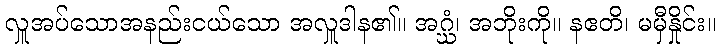
လှူအပ်သောအနည်းငယ်သော အလှူဒါန၏။ အဂ္ဃံ၊ အဘိုးကို။ နဧတိ၊ မမှီနှိုင်း။